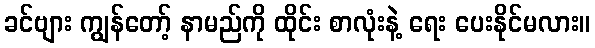
ခင်ဗျား ကျွန်တော့် နာမည်ကို ထိုင်း စာလုံးနဲ့ ရေး ပေးနိုင်မလား။